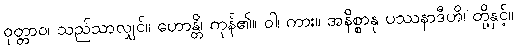
ဝုတ္တာဝ၊ သည်သာလျှင်။ ဟောန္တိ၊ ကုန်၏။ ဝါ၊ ကား။ အနိစ္စာနု ပဿနာဒီဟိ၊ တို့နှင့်။